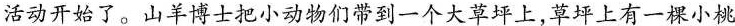
活动开始了。山羊博士把小动物们带到一个大草坪上，草坪上有一棵小桃